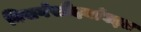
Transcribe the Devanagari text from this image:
निसर्गसौंदर्याबद्दल